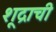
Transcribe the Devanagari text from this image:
शूद्राची